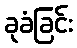
ခုခံခြင်း